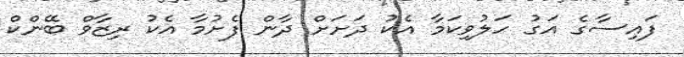
ފައިސާގެ އަގު ހަލުވިކަމާ އެކު ދަށަށް ދާން ފެށުމާ އެކު ރިޒާވް ބޭންކް